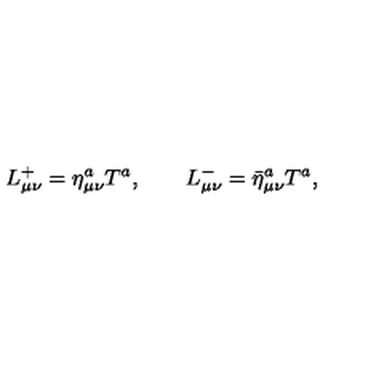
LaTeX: L _ { \mu \nu } ^ { + } = \eta _ { \mu \nu } ^ { a } T ^ { a } , \qquad L _ { \mu \nu } ^ { - } = { \bar { \eta } } _ { \mu \nu } ^ { a } T ^ { a } ,